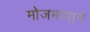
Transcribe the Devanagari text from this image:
मोजमापाने